Proceedings of the meeting of veterinary officers in India
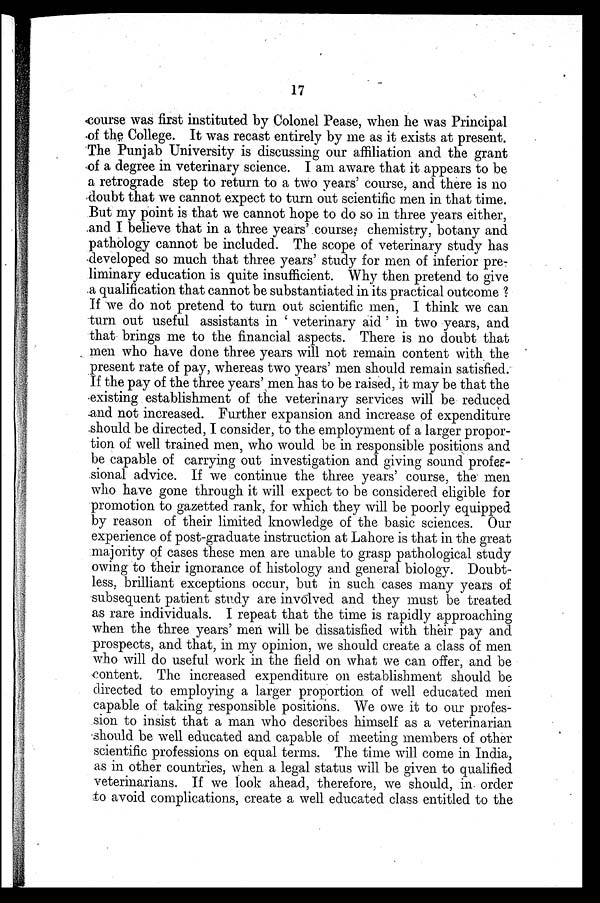
17
course was first instituted by Colonel Pease, when he was Principal
of the College. It was recast entirely by me as it exists at present.
The Punjab University is discussing our affiliation and the grant
of a degree in veterinary science. I am aware that it appears to be
a retrograde step to return to a two years' course, and there is no
doubt that we cannot expect to turn out scientific men in that time.
But my point is that we cannot hope to do so in three years either,
and I believe that in a three years' course, chemistry, botany and
pathology cannot be included. The scope of veterinary study has
developed so much that three years' study for men of inferior pre-
liminary education is quite insufficient. Why then pretend to give
a qualification that cannot be substantiated in its practical outcome?
If we do not pretend to turn out scientific men, I think we can
turn out useful assistants in 'veterinary aid' in two years, and
that brings me to the financial aspects. There is no doubt that
men who have done three years will not remain content with the
present rate of pay, whereas two years' men should remain satisfied.
If the pay of the three years' men has to be raised, it may be that the
existing establishment of the veterinary services will be reduced
and not increased. Further expansion and increase of expenditure
should be directed, I consider, to the employment of a larger propor-
tion of well trained men, who would be in responsible positions and
be capable of carrying out investigation and giving sound profes-
sional advice. If we continue the three years' course, the men
who have gone through it will expect to be considered eligible for
promotion to gazetted rank, for which they will be poorly equipped
by reason of their limited knowledge of the basic sciences. Our
experience of post-graduate instruction at Lahore is that in the great
majority of cases these men are unable to grasp pathological study
owing to their ignorance of histology and general biology. Doubt-
less, brilliant exceptions occur, but in such cases many years of
subsequent patient study are involved and they must be treated
as rare individuals. I repeat that the time is rapidly approaching
when the three years' men will be dissatisfied with their pay and
prospects, and that, in my opinion, we should create a class of men
who will do useful work in the field on what we can offer, and be
content. The increased expenditure on establishment should be
directed to employing a larger proportion of well educated men
capable of taking responsible positions. We owe it to our profes-
sion to insist that a man who describes himself as a veterinarian
should be well educated and capable of meeting members of other
scientific professions on equal terms. The time will come in India,
as in other countries, when a legal status will be given to qualified
veterinarians. If we look ahead, therefore, we should, in order
to avoid complications, create a well educated class entitled to the